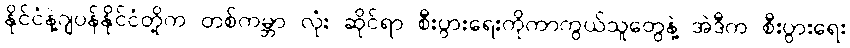
နိုင်ငံနဲ့ဂျပန်နိုင်ငံတို့က တစ်ကမ္ဘာ လုံး ဆိုင်ရာ စီးပွားရေးကိုကာကွယ်သူတွေနဲ့ အဲဒီက စီးပွားရေး